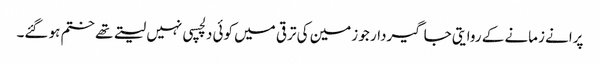
پرانے زمانے کے روایتی جاگیردار جو زمین کی ترقی میں کوئی دلچسپی نہیں لیتے تھے ختم ہو گئے۔